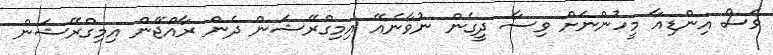
ވެސް އިންޑިއާ މީހުންނަށް ވިސާ ދީގެން ނުވާނެއޭ އިމިގްރޭޝަން ދެން ރާއްޖޭން އިމިގްރޭޝަން